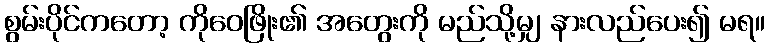
စွမ်းပိုင်ကတော့ ကိုဝေဖြိုး၏ အတွေးကို မည်သို့မျှ နားလည်ပေး၍ မရ။